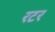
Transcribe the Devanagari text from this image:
रटर